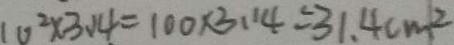
1 0 ^ { 2 } \times 3 . 1 4 = 1 0 0 \times 3 . 1 4 = 3 1 . 4 c m ^ { 2 }